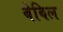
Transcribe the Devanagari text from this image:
बेबिल